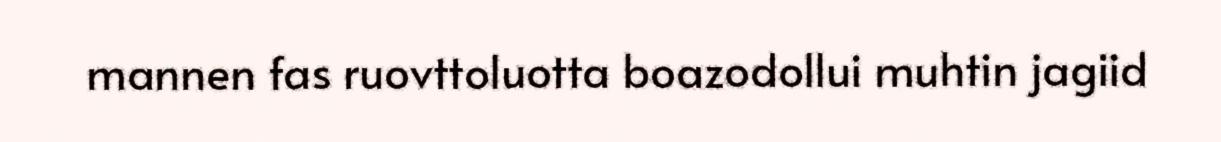
mannen fas ruovttoluotta boazodollui muhtin jagiid